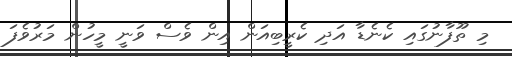
މި ތޫފާނުގައި ކެނެޑާ އަދި ކެރީބިއަން އިން ވެސް ވަނީ މީހުން މަރުވެފަ